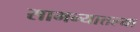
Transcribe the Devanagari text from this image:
सामन्यातल्या